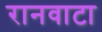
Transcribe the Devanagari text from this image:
रानवाटा